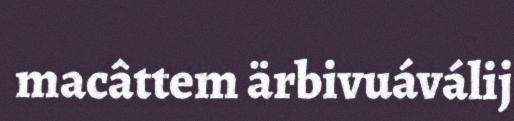
macâttem ärbivuáválij